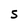
Character: S